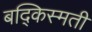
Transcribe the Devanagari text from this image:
बद्किस्मती